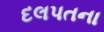
દલપતના